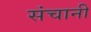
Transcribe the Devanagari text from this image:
संचानी